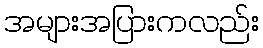
အများအပြားကလည်း